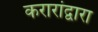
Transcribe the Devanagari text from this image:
करारांद्वारा